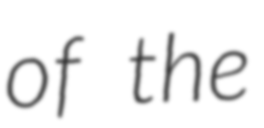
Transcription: of the